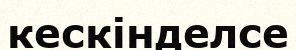
кескінделсе